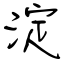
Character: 淀